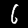
Digit: 6